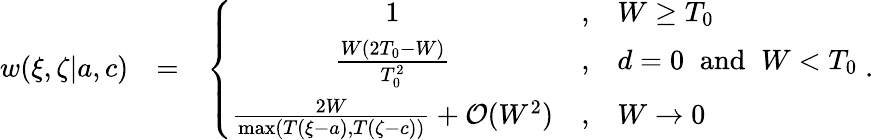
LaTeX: \begin{array}{rlr}{w(\xi,\zeta|{a},{c})}&{=}&{\left\{ \begin{array}{ccl}{1}&{,}&{W\ge T_{0}}\\ {\frac{W(2T_{0}-W)}{T_{0}^{2}}}&{,}&{d=0\; \; \mathrm{and}\; \; W<T_{0}}\\ {\frac{2W}{\operatorname*{max}(T(\xi-a),T(\zeta-c))}+{\cal O}(W^{2})}&{,}&{W\rightarrow 0}\end{array}\right.\; .}\end{array}